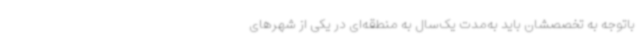
باتوجه به تخصصشان باید به‌مدت یک‌سال به منطقه‌ای در یکی از شهرهای